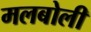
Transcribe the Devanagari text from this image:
मलबोली